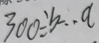
3 0 0 \div b \cdots a